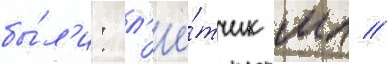
бы́л'и: л'ё́тчик мл //